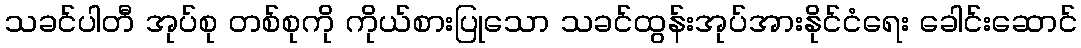
သခင်ပါတီ အုပ်စု တစ်စုကို ကိုယ်စားပြုသော သခင်ထွန်းအုပ်အားနိုင်ငံရေး ခေါင်းဆောင်